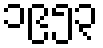
၁၉၅၃